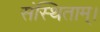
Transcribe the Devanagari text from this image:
संस्थिताम्‌।